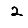
Digit: 2